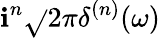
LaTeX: \mathbf{i}^{n}{\sqrt{}{{2\pi}}}\delta^{(n)}(\omega)